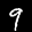
Label: 9